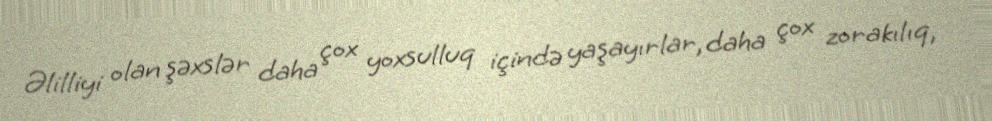
Əlilliyi olan şəxslər daha çox yoxsulluq içində yaşayırlar, daha çox zorakılıq,